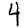
Digit: 4